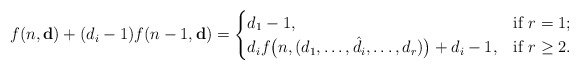
\begin{align*}f(n,\mathbf{d})+(d_{i}-1)f(n-1,\mathbf{d})=\begin{cases}d_1-1,& \mbox{if}\ r=1;\\d_i f\big(n,(d_1,\dots,\hat{d_i},\dots,d_r)\big)+d_i-1,& \mbox{if}\ r\geq 2.\end{cases}\end{align*}